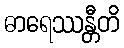
ဓာရေဿန္တီတိ